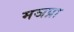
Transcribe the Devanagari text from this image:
मञप्रा